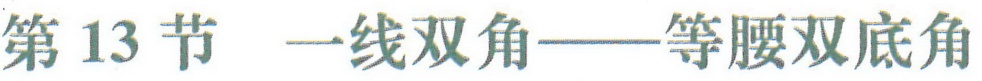
第13节 一线双角——等腰双底角